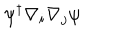
\psi ^ { \dagger } \nabla _ { i } \nabla _ { j } \psi